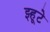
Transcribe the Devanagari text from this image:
झ्हूटे